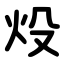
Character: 炈